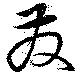
發